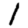
Digit: 1